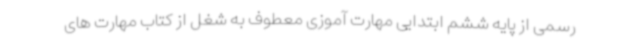
رسمی از پایه ششم ابتدایی مهارت آموزی معطوف به شغل از کتاب مهارت های